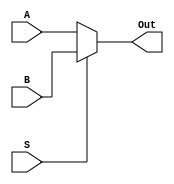
`timescale 1ns / 1ps
//////////////////////////////////////////////////////////////////////////////////
// Company: 
// Engineer: 
// 
// Design Name: 
// Module Name: Mux_2x1
// Project Name: 
// Target Devices: 
// Tool Versions: 
// Description: 
// 
// Dependencies: 
// 
// Revision:
// Revision 0.01 - File Created
// Additional Comments:
// 
//////////////////////////////////////////////////////////////////////////////////

module Mux_2x1(
    input [63:0] A,
    input [63:0] B,
    input S,
    output [63:0] Out
    );
    assign Out = (S == 1'b0) ? A : B;
endmodule